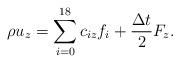
LaTeX: \begin{align*}\rho {u_z} = \sum\limits_{i = 0}^{18} {{c_{iz}}{f_i} + \frac{{\Delta t}}{2}{F_z}}. \end{align*}